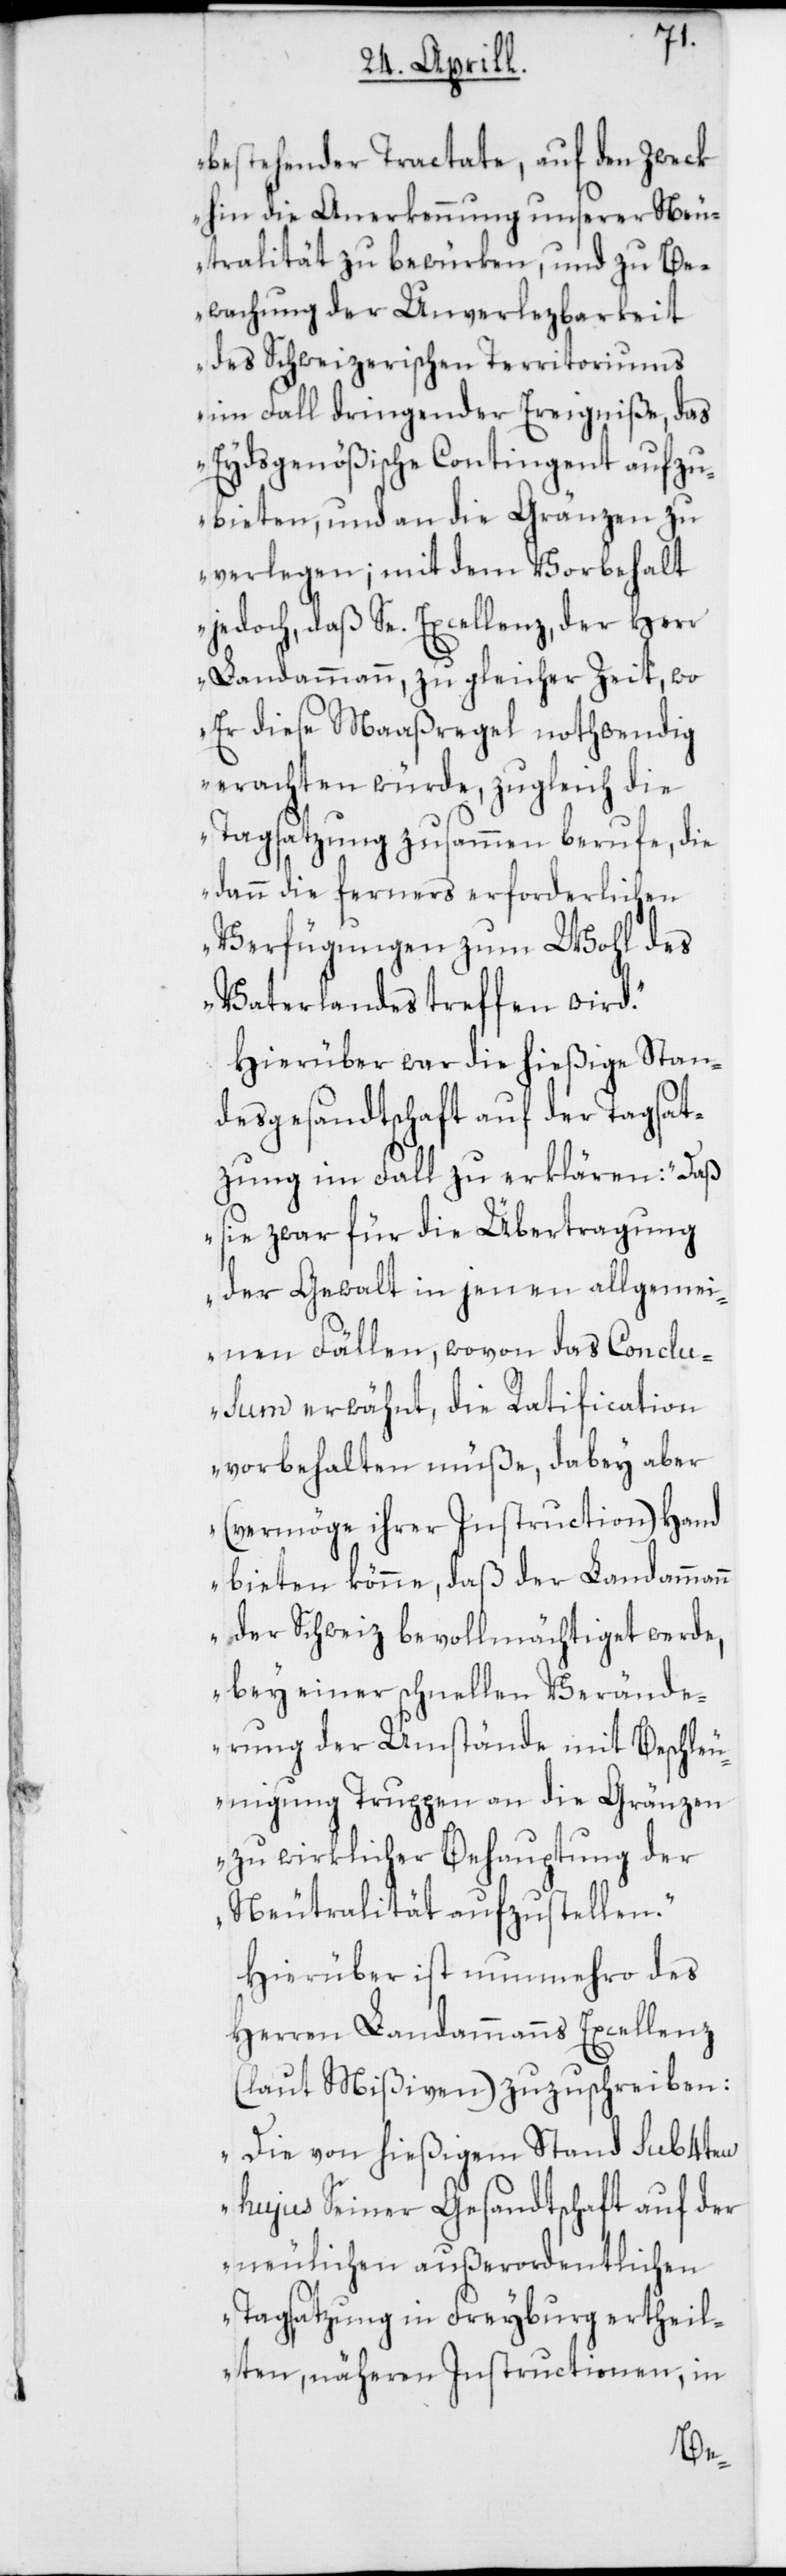
bestehender Tractate, auf den Zweck
hin die Anerkennung unserer Neu¬
tralität zu bewürken, und zu Be¬
wachung der Unverlezbarkeit
des Schweizerischen Territoriums
im Fall dringender Ereigniße, das
Eydsgenößische Contingent aufzu¬
bieten, und an die Gränzen zu
verlegen; mit dem Vorbehalt
jedoch, daß Se. Excellenz, der Herr
Landammann, zur gleichen Zeit, wo
Er diese Maaßregel nothwendig
erachten würde, zugleich die
Tagsatzung zusammen berufe, die
dann die ferners erforderlichen
Verfügungen zum Wohl des
Vaterlandes treffen wird.“
Hierüber war die hießige Stan¬
desgesandtschaft auf der Tagsat¬
zung im Fall zu erklären: „Daß
sie zwar für die Übertragung
der Gewalt in jenen allgemei¬
nen Fällen, wovon das Conclu¬
sum erwähnt, die Ratification
vorbehalten müße, dabey aber
(vermöge ihrer Instruction) Hand
bieten könne, daß der Landammann
der Schweiz bevollmächtiget werde,
bey einer schnellen Verände¬
rung der Umstände mit Beschleu¬
nigung Truppen an die Gränzen
zu wirklicher Behauptung der
Neutralität aufzustellen.“
Hierüber ist nunmehro des
Herren Landammanns Excellenz
(laut Mißiven) zuzuschreiben:
„Die von hießigem Stand sub 4ten
hujus Seiner Gesandtschaft auf der
neulichen außerordentlichen
Tagsatzung in Freyburg ertheil¬
ten, näheren Instructionen, in